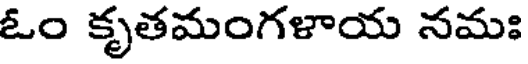
ఓం కృతమంగళాయ నమః